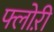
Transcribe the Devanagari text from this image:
फ्लोऱी